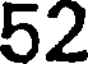
52